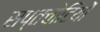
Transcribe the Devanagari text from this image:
सप्तचोटियों